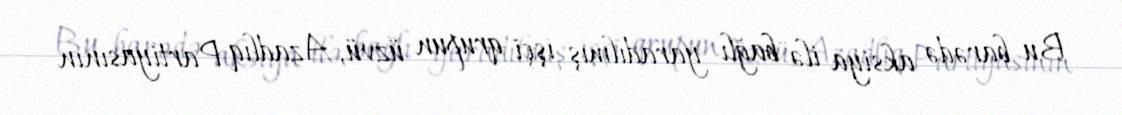
Bu barədə aksiya ilə bağlı yaradılmış işçi qrupun üzvü, Azadlıq Partiyasının